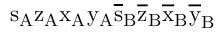
\mathrm { s _ { A } \mathrm { z _ { A } \mathrm { x _ { A } \mathrm { y _ { A } \mathrm { \overline { { s } } _ { B } \mathrm { \overline { { z } } _ { B } \mathrm { \overline { { x } } _ { B } \mathrm { \overline { { y } } _ { B } } } } } } } } }